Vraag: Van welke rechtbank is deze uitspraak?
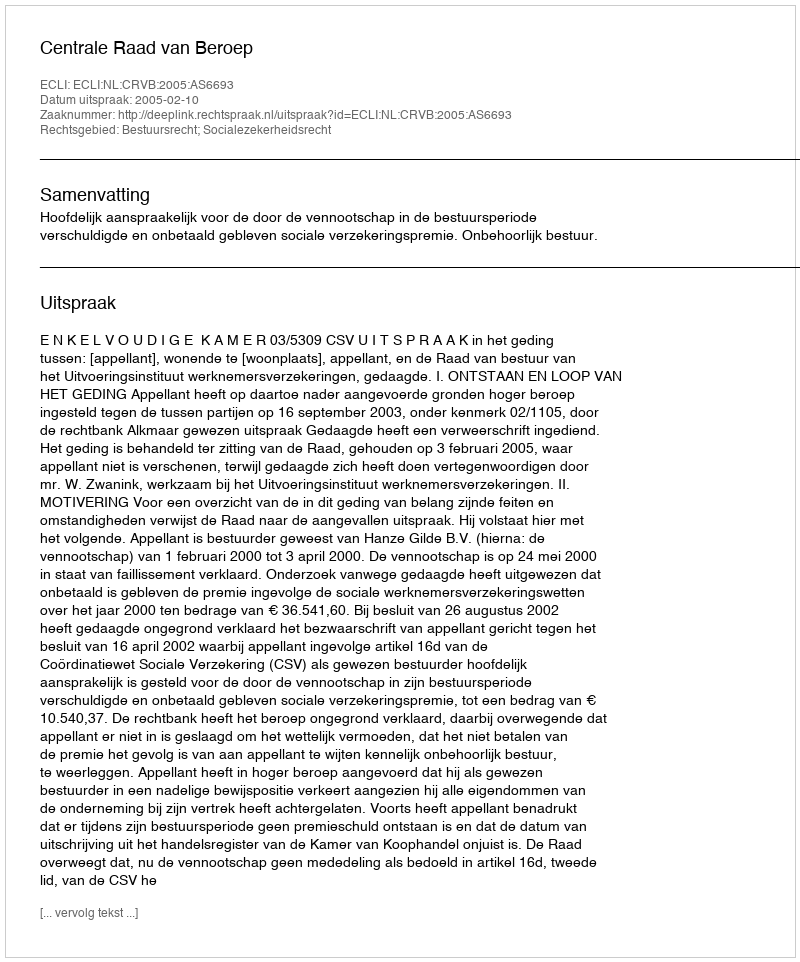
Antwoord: Centrale Raad van Beroep